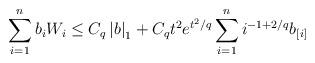
LaTeX: \begin{align*}\sum_{i=1}^nb_iW_i\leq C_q\left\vert b\right\vert _1+C_qt^2e^{t^2/q}\sum_{i=1}^ni^{-1+2/q}b_{[i]}\end{align*}